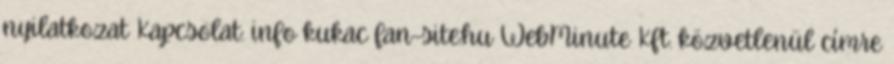
nyilatkozat Kapcsolat: info kukac fan-site.hu WebMinute Kft. közvetlenül címre